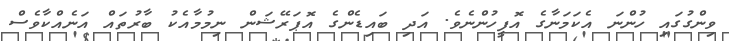
ވިންގުގައި ހުންނަ އެކަމަނާގެ އޮފީހުންނެވެ. އަދި ބައިޑެންގެ އޮޕަރޭޝަން ނިމުމާއެކު ބާރުތައް އަނެއްކާވެސް